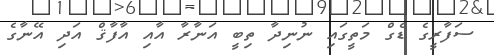
ސަފާރީގެ ޑެގް މަތީގައި ނުނިދާ ތިބީ އަނާރާ އާއި އާފާޤް އަދި އޭނާގެ